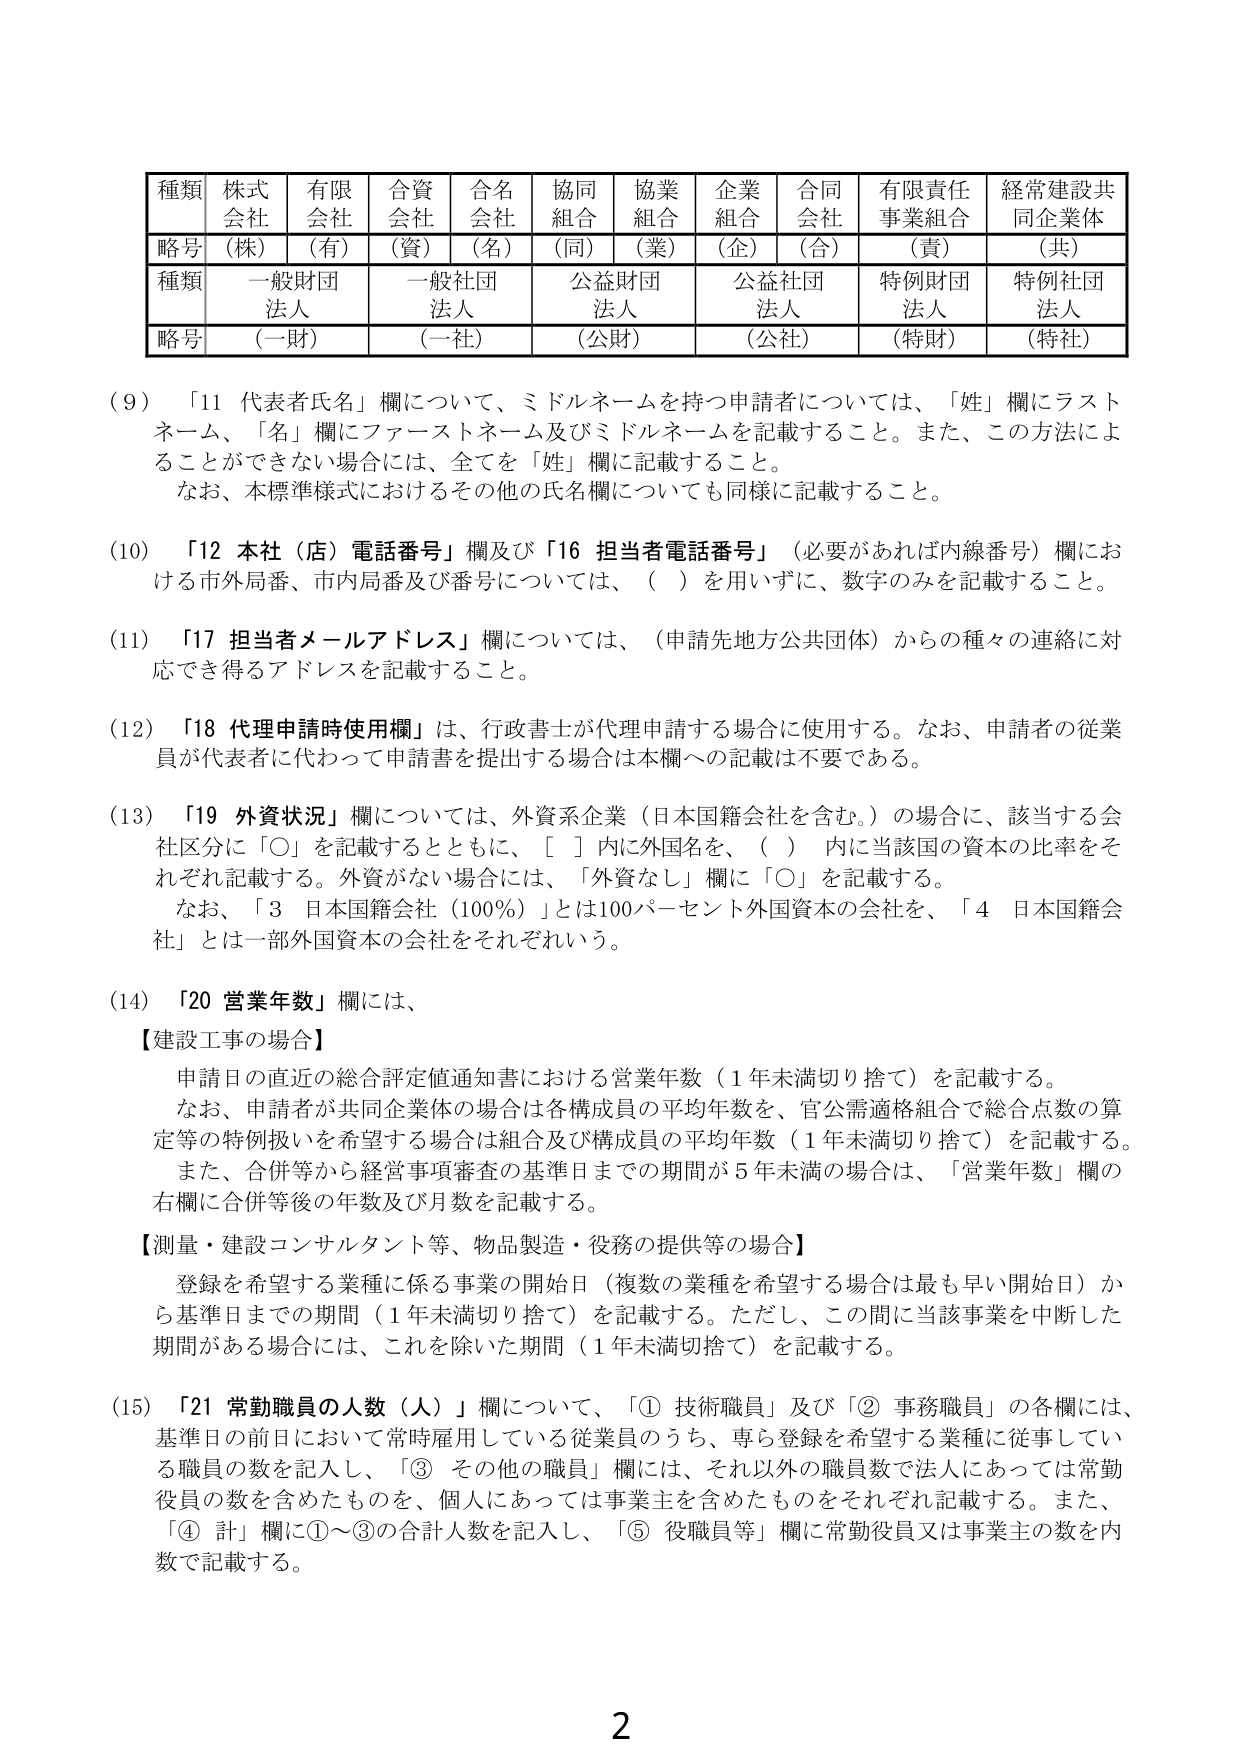
種類 株式 有限 合資 合名 協同 協業 企業 合同 有限責任 経常建設共
会社 会社 会社 会社 組合 組合 組合 会社 事業組合 同企業体
略号 （株） （有） （資） （名） （同） （業） （企） （合） （責） （共）
種類 一般財団 一般社団 公益財団 公益社団 特例財団 特例社団
法人 法人 法人 法人 法人 法人
略号 （一財） （一社） （公財） （公社） （特財） （特社）

(9) 「11 代表者氏名」欄について、ミドルネームを持つ申請者については、「姓」欄にラスト
ネーム、「名」欄にファーストネーム及びミドルネームを記載すること。また、この方法によ
ることができない場合には、全てを「姓」欄に記載すること。
なお、本標準様式におけるその他の氏名欄についても同様に記載すること。

(10) 「12 本社（店）電話番号」欄及び「16 担当者電話番号」（必要があれば内線番号）欄にお
ける市外局番、市内局番及び番号については、（ ）を用いずに、数字のみを記載すること。

(11) 「17 担当者メールアドレス」欄については、（申請先地方公共団体）からの種々の連絡に対
応でき得るアドレスを記載すること。

(12) 「18 代理申請時使用欄」は、行政書士が代理申請する場合に使用する。なお、申請者の従業
員が代表者に代わって申請書を提出する場合は本欄への記載は不要である。

(13) 「19 外資状況」欄については、外資系企業（日本国籍会社を含む。）の場合に、該当する会
社区分に「○」を記載するとともに、[ ] 内に外国名を、（ ）内に当該国の資本の比率をそ
れぞれ記載する。外資がない場合には、「外資なし」欄に「○」を記載する。
なお、「3 日本国籍会社（100％）」とは100パーセント外国資本の会社を、「4 日本国籍会
社」とは一部外国資本の会社をそれぞれいう。

(14) 「20 営業年数」欄には、
【建設工事の場合】
申請日の直近の総合評定値通知書における営業年数（1年未満切り捨て）を記載する。
なお、申請者が共同企業体の場合は各構成員の平均年数を、官公需適格組合で総合点数の算
定等の特例扱いを希望する場合は組合及び構成員の平均年数（1年未満切り捨て）を記載する。
また、合併等から経営事項審査の基準日までの期間が5年未満の場合は、「営業年数」欄の
右欄に合併等後の年数及び月数を記載する。
【測量・建設コンサルタント等、物品製造・役務の提供等の場合】
登録を希望する業種に係る事業の開始日（複数の業種を希望する場合は最も早い開始日）か
ら基準日までの期間（1年未満切り捨て）を記載する。ただし、この間に当該事業を中断した
期間がある場合には、これを除いた期間（1年未満切捨て）を記載する。

(15) 「21 常勤職員の人数（人）」欄について、「① 技術職員」及び「② 事務職員」の各欄には、
基準日の前日において常時雇用している従業員のうち、専ら登録を希望する業種に従事してい
る職員の数を記入し、「③ その他の職員」欄には、それ以外の職員数で法人にあっては常勤
役員の数を含めたものを、個人にあっては事業主を含めたものをそれぞれ記載する。また、
「④ 計」欄に①～③の合計人数を記入し、「⑤ 役職員等」欄に常勤役員又は事業主の数を内
数で記載する。

2